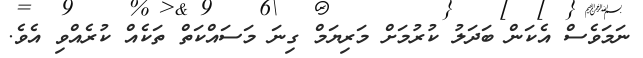
ނަމަވެސް އެކަން ބަދަލު ކުރުމަށް މަރިޔަމް ގިނަ މަސައްކަތް ތަކެއް ކުރެއްވި އެވެ.